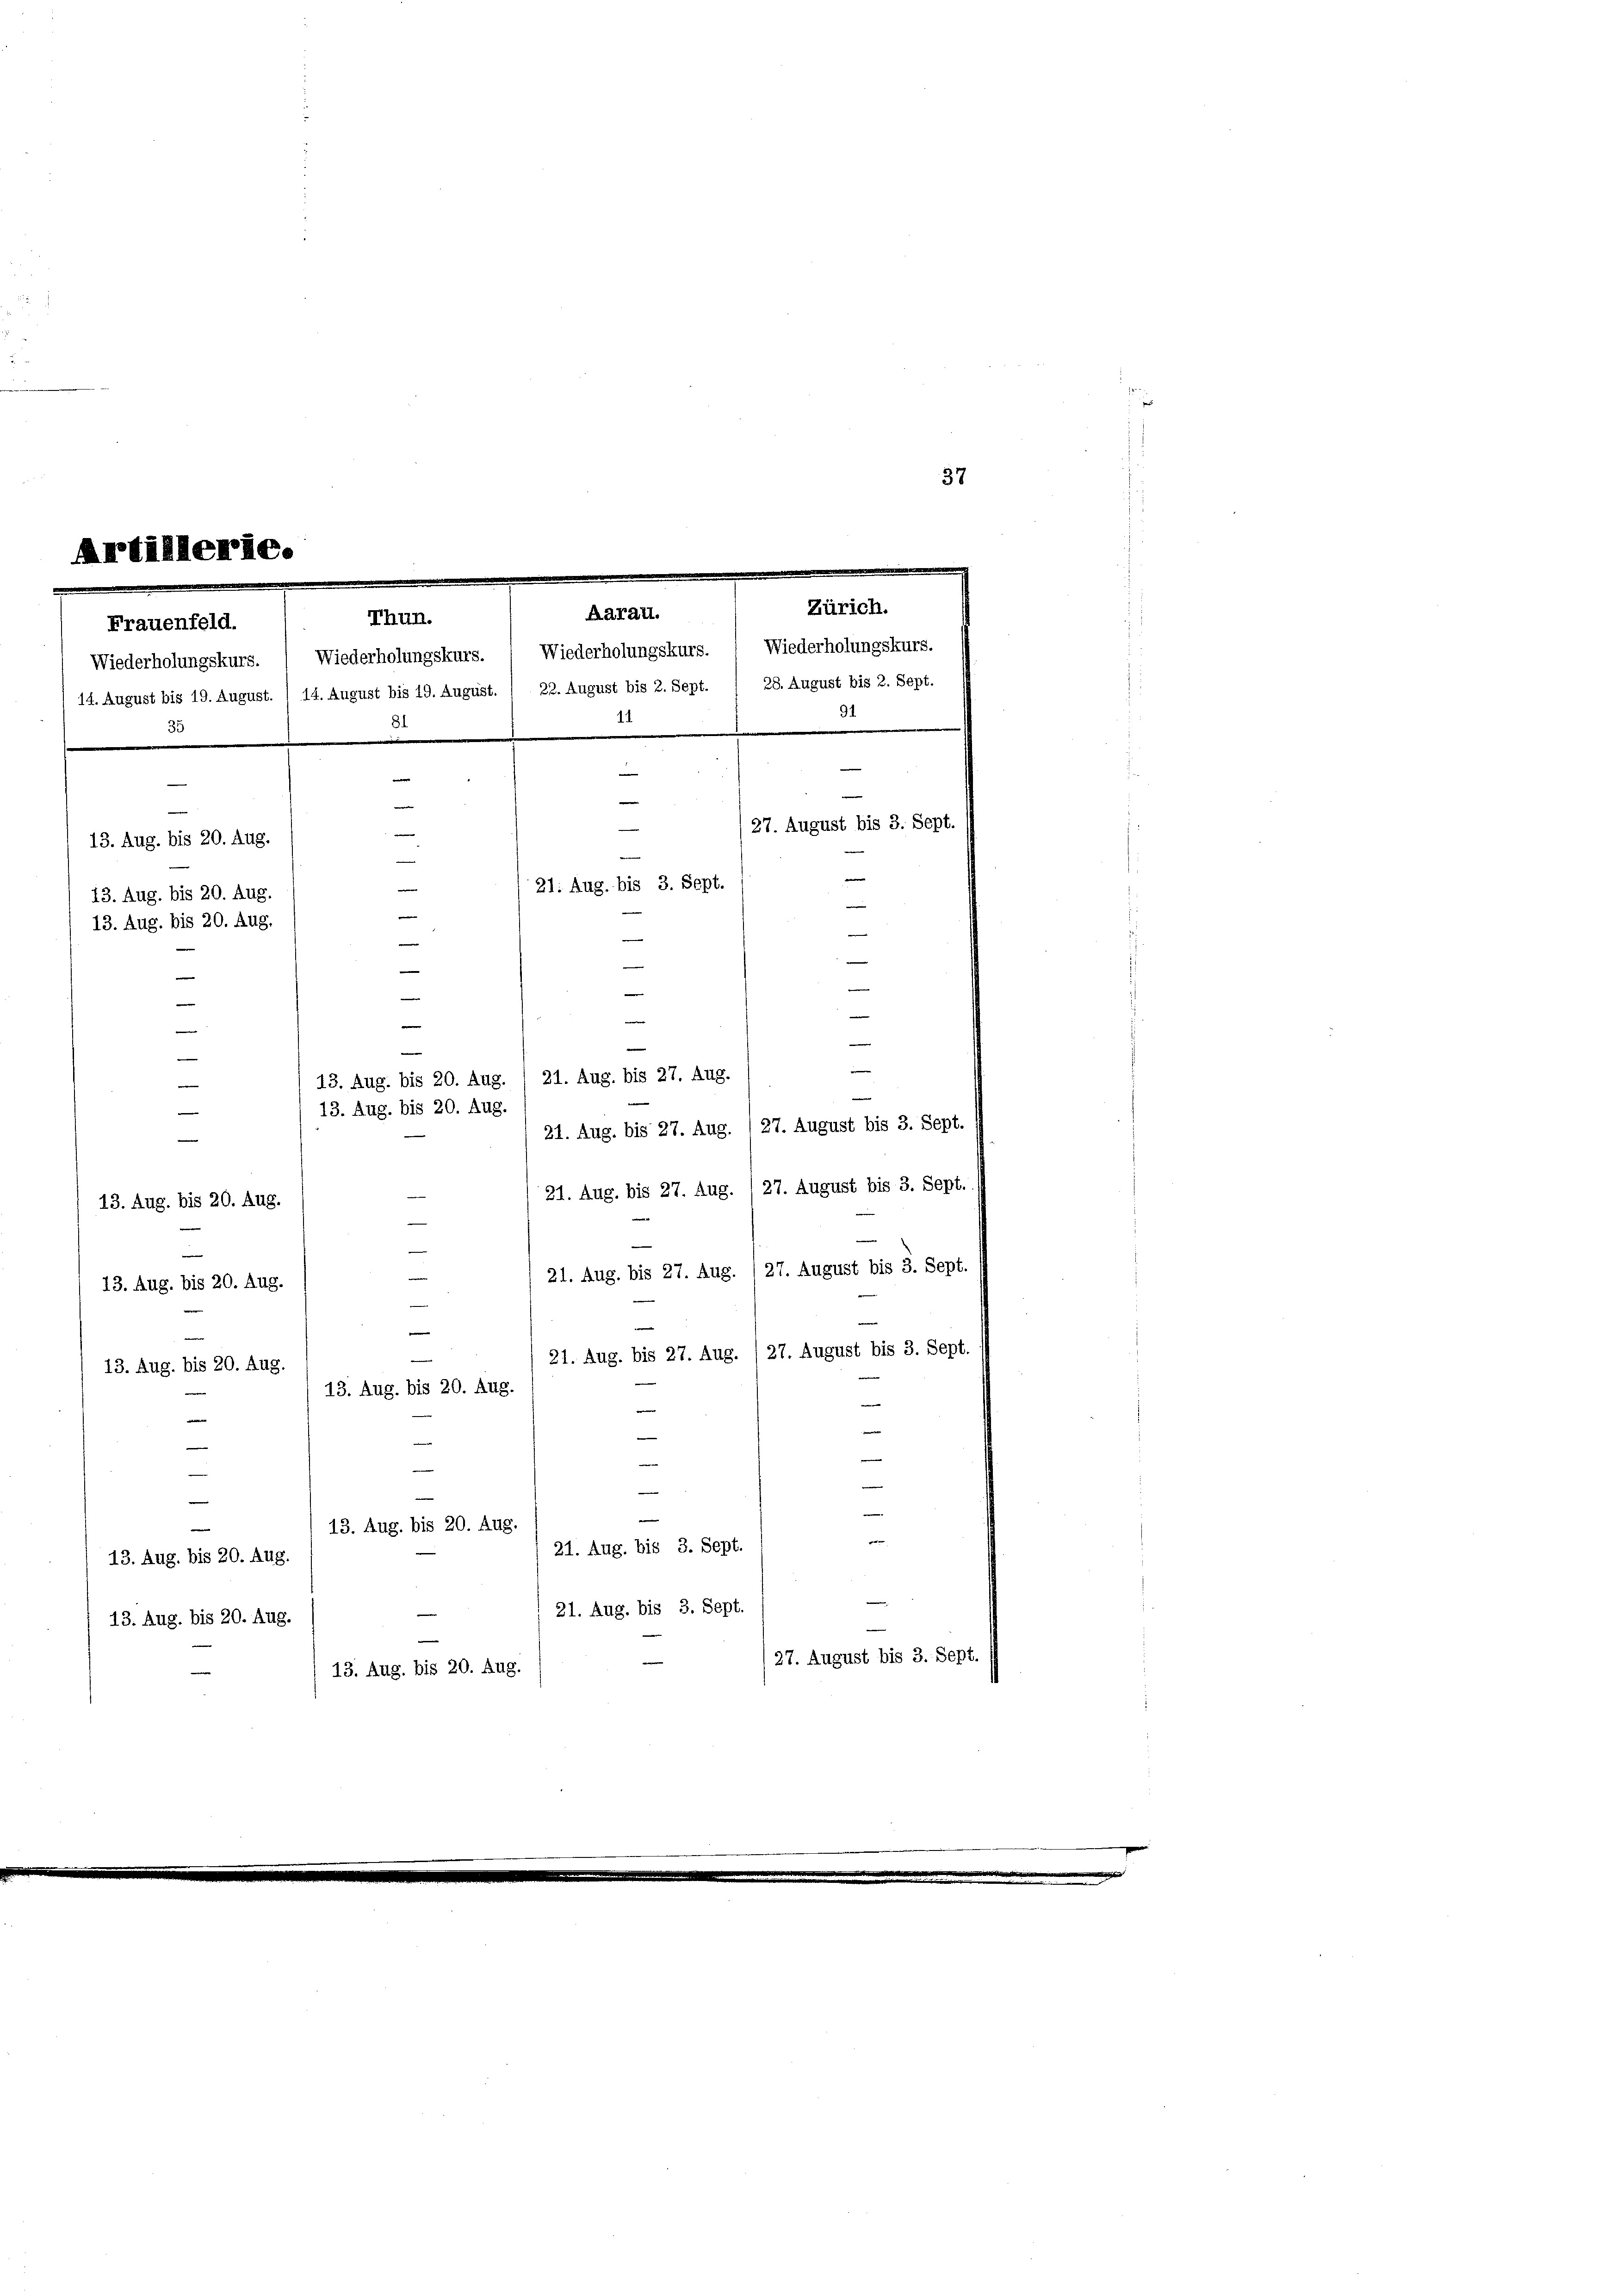
Artillerie.
Zürich.
Aarau.
Thun.
Frauenfeld.

37

Wiederholungskurs.  Wiederholungskurs. Wiederholungskurs. Wiederholungskurs.
14. August bis 19. August. 1 14. August bis 19. August. / 22. August bis 2. Sept. 1 28. August bis 2. Sept.
91.
11
)
31
35
e
m
e
e
e
e
—
d
—
13. Aug. bis 20. Aug.

21: Aug. bis 3. Sept.

13. Aug. bis 20. Aug.
e
—
e
13. Aug. bis 20. Aug.
.
e
e
e
e
—
d
—
—
.
e
e
e
e
e
13. Aug. bis 20. Aug. 1 21. Aug. bis 27. Aug.
e
13. Aug. bis 20. Aug.
21. Aug. bis 27. Aug. 127. August bis 3. Sept.
(27. August bis 3. Sept.
21. Aug. bis 27. Aug.
13. Aug. bis 20. Aug.
e
21. Aug. bis 27. Aug. /27. August bis 3. Sept.
—
13. Aug. bis 20. Aug.
e
e
21. Aug. bis 27. Aug. /27. August bis 3. Sept.
e
13. Aug. bis 20. Aug.
13. Aug. bis 20. Aug.
e
e
n
—
—
e
n
|
e
13. Aug. bis 20. Aug.
e
21. Aug. bis 3. Sept.
13. Aug. bis 20. Aug.
21. Aug. bis 3. Sept.
13. Aug. bis 20. Aug.
(27. August bis 3. Sept.
13. Aug. bis 20. Aug.

27. August bis 3. Sept.